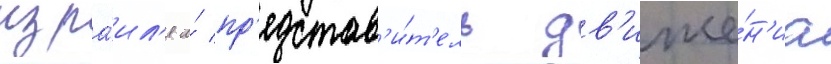
изра́ил'я и́ пр'едстав'и́т'ель дв'иже́н'иа